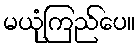
မယုံကြည်ပေ။